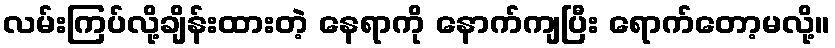
လမ်းကြပ်လို့ချိန်းထားတဲ့ နေရာကို နောက်ကျပြီး ရောက်တော့မလို့။